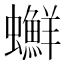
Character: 𧕇